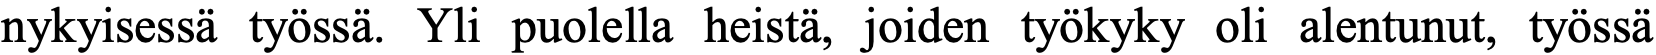
nykyisessä työssä. Yli puolella heistä, joiden työkyky oli alentunut, työssä